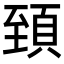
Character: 𩒐